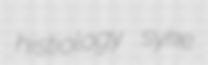
histiology syke